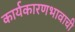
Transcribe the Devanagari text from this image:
कार्यकारणभावाची